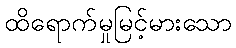
ထိရောက်မှုမြင့်မားသော